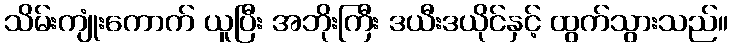
သိမ်းကျုံးကောက် ယူပြီး အဘိုးကြီး ဒယီးဒယိုင်နှင့် ထွက်သွားသည်။